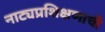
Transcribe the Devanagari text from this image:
नाट्यप्रशिक्षणाची